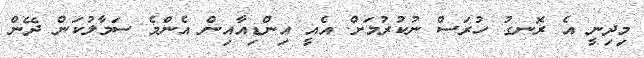
މިދިނީ އެ ރޮނގު ހުރަސް ނުކުރުމަށް. އެއީ އިންޑިއާއިން އެންމެ ސަމާލުކަން ދޭން